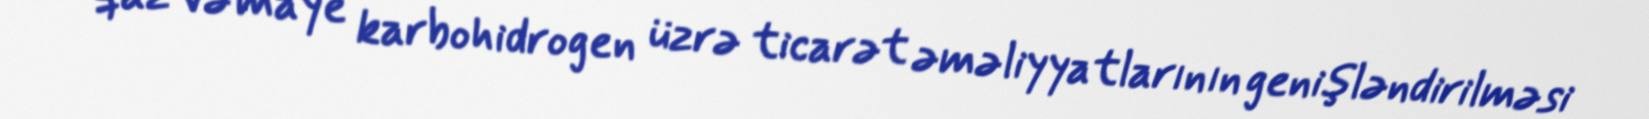
qaz və maye karbohidrogen üzrə ticarət əməliyyatlarının genişləndirilməsi